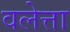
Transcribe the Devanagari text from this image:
वलेत्ता